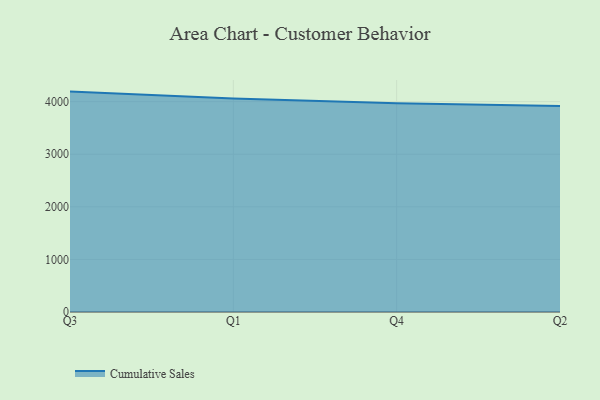
{"axis": {"x": "Quarter", "y": "Gross Profit (USD K)"}, "legend": ["Cumulative Sales"], "data": [{"x": "Q3", "y": 4190.9, "type": "Cumulative Sales"}, {"x": "Q1", "y": 4062.0, "type": "Cumulative Sales"}, {"x": "Q4", "y": 3969.7, "type": "Cumulative Sales"}, {"x": "Q2", "y": 3917.7, "type": "Cumulative Sales"}]}